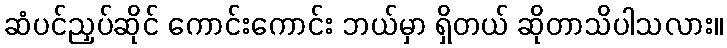
ဆံပင်ညှပ်ဆိုင် ကောင်းကောင်း ဘယ်မှာ ရှိတယ် ဆိုတာသိပါသလား။